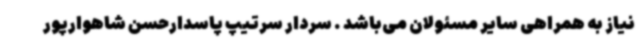
نیاز به همراهی سایر مسئولان می‌باشد . سردار سرتیپ پاسدارحسن شاهوارپور